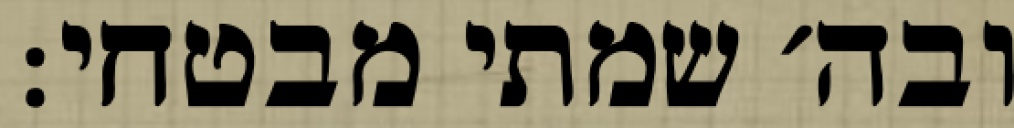
ובה׳ שמתי מבטחי: